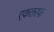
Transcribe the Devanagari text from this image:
एकतरफ